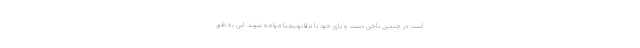
است در چندین ناخن دست و پای خود با ملانونیچیا مواجه شوند. این به طور